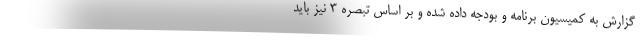
گزارش به کمیسیون برنامه و بودجه داده شده و بر اساس تبصره ۳ نیز باید